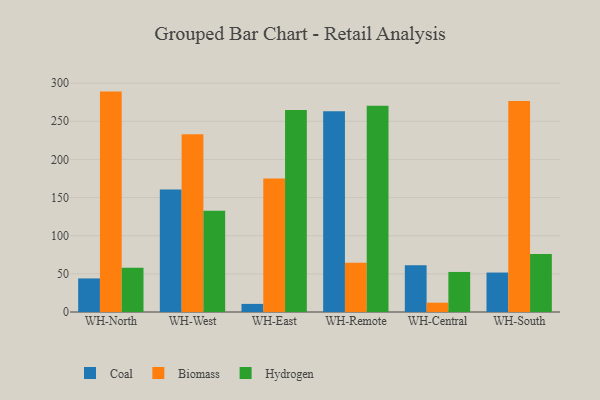
{"axis": {"x": "Warehouse", "y": "Latency (ms)"}, "legend": ["Biomass", "Coal", "Hydrogen"], "data": [{"x": "WH-North", "y": 44.0, "type": "Coal"}, {"x": "WH-North", "y": 288.9, "type": "Biomass"}, {"x": "WH-North", "y": 57.9, "type": "Hydrogen"}, {"x": "WH-West", "y": 160.7, "type": "Coal"}, {"x": "WH-West", "y": 232.9, "type": "Biomass"}, {"x": "WH-West", "y": 132.6, "type": "Hydrogen"}, {"x": "WH-East", "y": 10.6, "type": "Coal"}, {"x": "WH-East", "y": 175.0, "type": "Biomass"}, {"x": "WH-East", "y": 264.7, "type": "Hydrogen"}, {"x": "WH-Remote", "y": 263.0, "type": "Coal"}, {"x": "WH-Remote", "y": 64.7, "type": "Biomass"}, {"x": "WH-Remote", "y": 270.3, "type": "Hydrogen"}, {"x": "WH-Central", "y": 61.3, "type": "Coal"}, {"x": "WH-Central", "y": 12.2, "type": "Biomass"}, {"x": "WH-Central", "y": 52.5, "type": "Hydrogen"}, {"x": "WH-South", "y": 51.7, "type": "Coal"}, {"x": "WH-South", "y": 276.5, "type": "Biomass"}, {"x": "WH-South", "y": 75.9, "type": "Hydrogen"}]}